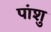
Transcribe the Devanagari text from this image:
पांशु